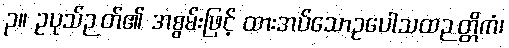
၃။ ဥပုသ်ဉတ်၏ အစွမ်းဖြင့် ထားအပ်သောဥပေါသထဉတ္တိကံ၊